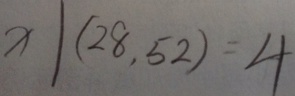
x \vert ( 2 8 , 5 2 ) = 4